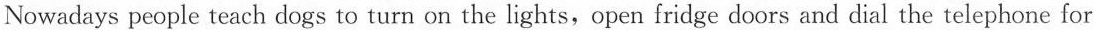
Nowadays people teach dogs to turn on the lights, open fridge doors and dial the telephone for